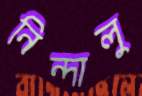
নিন্দালু